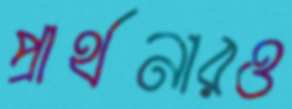
প্রার্থনারও